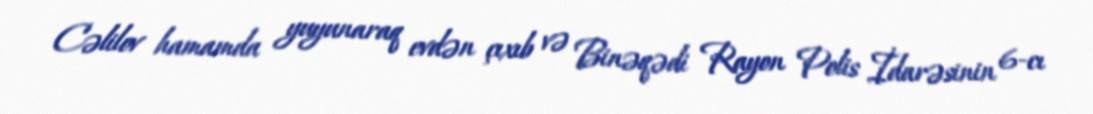
Cəlilov hamamda yuyunaraq evdən çıxıb və Binəqədi Rayon Polis İdarəsinin 6-cı